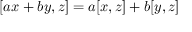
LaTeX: [ a x + b y , z ] = a [ x , z ] + b [ y , z ]